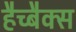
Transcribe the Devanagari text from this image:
हैच्बैक्स